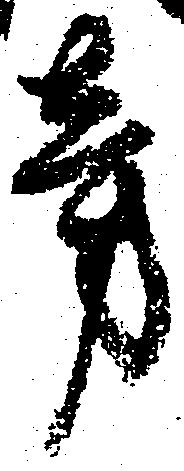
旁